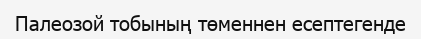
Палеозой тобының төменнен есептегенде